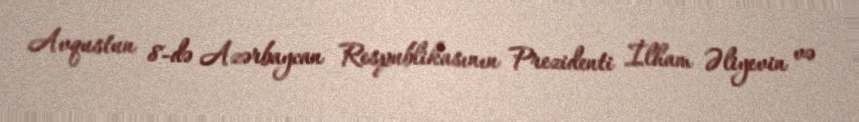
Avqustun 8-də Azərbaycan Respublikasının Prezidenti İlham Əliyevin və